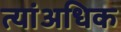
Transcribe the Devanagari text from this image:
त्यांअधिक